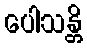
ပေါသန္တိ